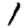
Digit: 1